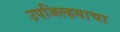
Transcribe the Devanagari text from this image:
उपजिल्हयाचा